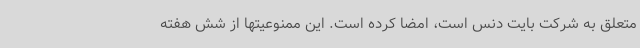
متعلق به شرکت بایت دنس است، امضا کرده است. این ممنوعیتها از شش هفته